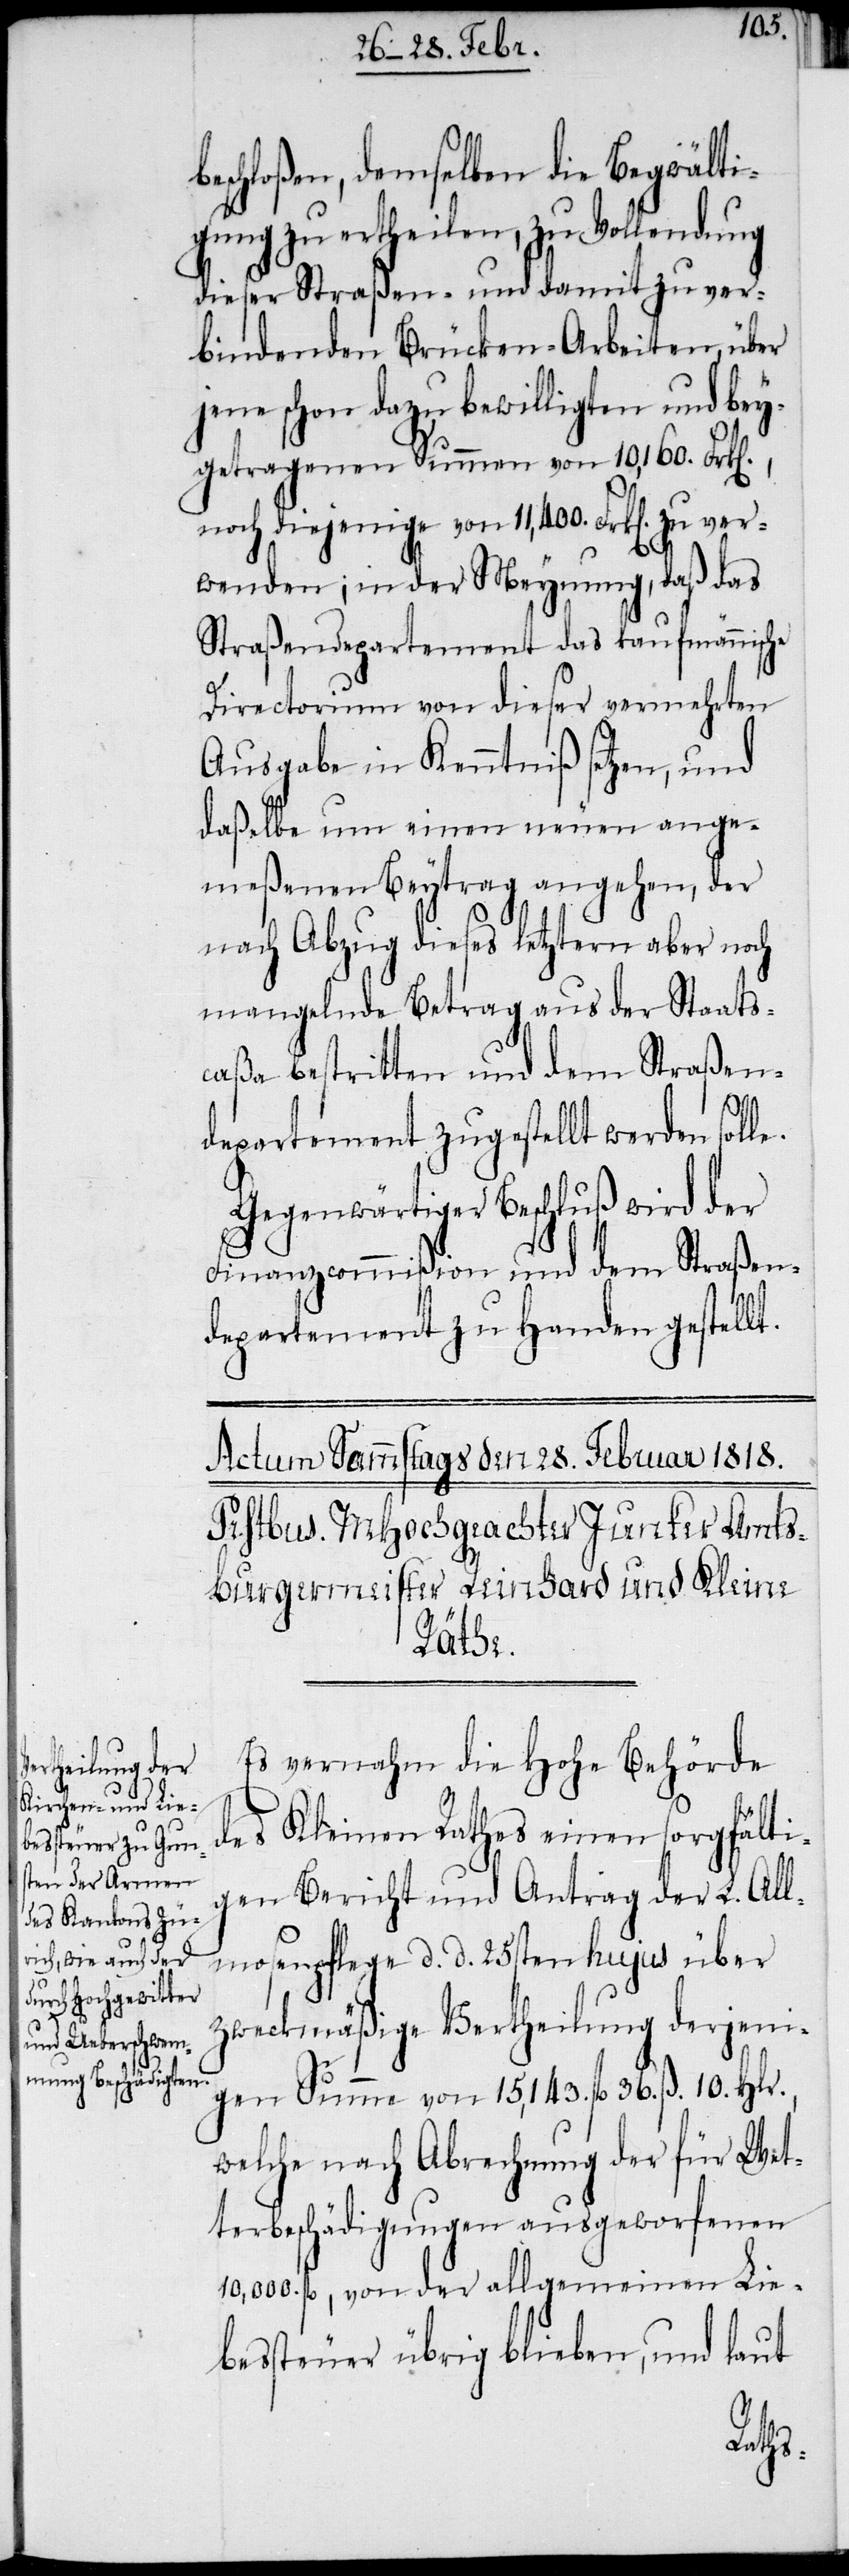
beschloßen, demselben die Begwälti¬
gung zu ertheilen, zu Vollendung
dieser Straßen- und damit zu ver¬
bindenden Brücken-Arbeiten, über
jene schon dazu bewilligten und bey¬
getragenen Summen von 10,160. Frk[e¬
noch diejenige von 11,400 Frk[en]. zu ver¬
wenden; in der Meynung, daß das
Straßendepartement das kaufmännische
Directorium von dieser vermehrten
Ausgabe in Kenntniß setzen, und
daßelbe um einen neuen ange¬
meßenen Beytrag angehen, der
nach Abzug dieses letztern aber noch
mangelnde Betrag aus der Staats¬
caßa bestritten und dem Straßen¬
n].,
departement zugestellt werden solle.
Gegenwärtiger Beschluß wird der
Finanzcommißion und dem Straßen¬
departement zu Handen gestellt.
Es vernahm die Hohe Behörde
des Kleinen Rathes einen sorgfälti¬
gen Bericht und Antrag der L. All¬
mosenpflege d. d. 25sten hujus über
zweckmäßige Vertheilung derjeni¬
gen Summe von 15,143 fl 36. ß. 10. Hlr.,
welche nach Abrechnung der für Wet¬
terbeschädigungen ausgeworfenen
10,000. fl, von der allgemeinen Lie¬
bessteuer übrig blieben, und laut